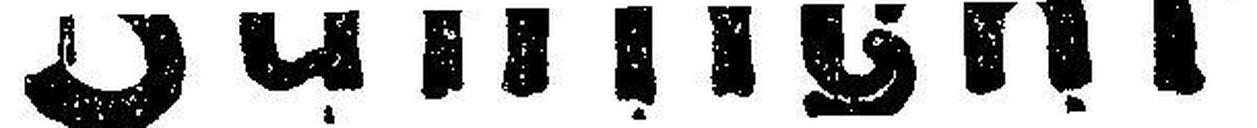
Sunlight